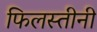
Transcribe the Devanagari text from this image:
फिलस्तीनी